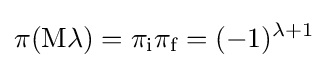
\pi (\mathrm {M} \lambda )=\pi _{\text{i}}\pi _{\text{f}}=(-1)^{\lambda +1}